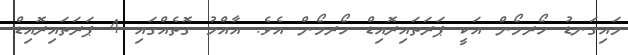
މައިގަނޑު ހޯރމޯން އަކީ ޕަރަތައިރޮއިޑް ހޯރމޯން އެވެ. އާއްމު ގޮތެއްގައި 4 ޕަރަތައިރޮއިޑް